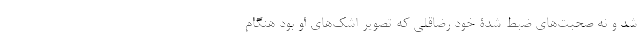
شد و نه صحبت‌های ضبط شدۀ خود رضا‌قلی که تصویر اشک‌های او بود هنگام